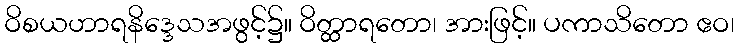
ဝိစယဟာရနိဒ္ဒေသအဖွင့်၌။ ဝိတ္ထာရတော၊ အားဖြင့်။ ပကာသိတော ဧဝ၊